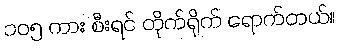
၁၀၅ ကား စီးရင် တိုက်ရိုက် ရောက်တယ်။